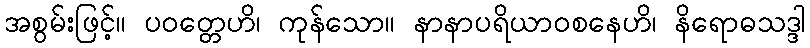
အစွမ်းဖြင့်။ ပဝတ္တေဟိ၊ ကုန်သော။ နာနာပရိယာဝစနေဟိ၊ နိရောဓသဒ္ဒါ